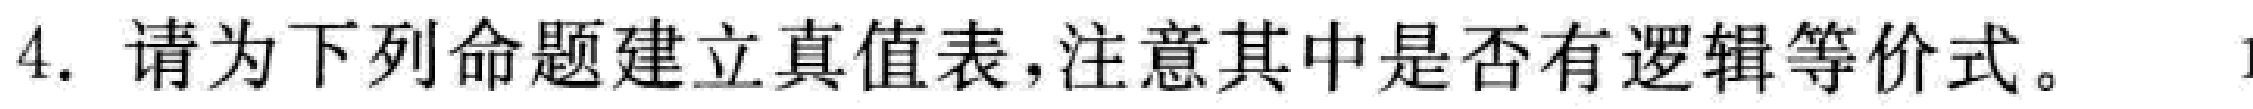
4. 请为下列命题建立真值表,注意其中是否有逻辑等价式。